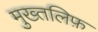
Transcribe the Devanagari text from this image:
मुख्तलिफ़